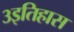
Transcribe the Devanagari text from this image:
३इतिहास